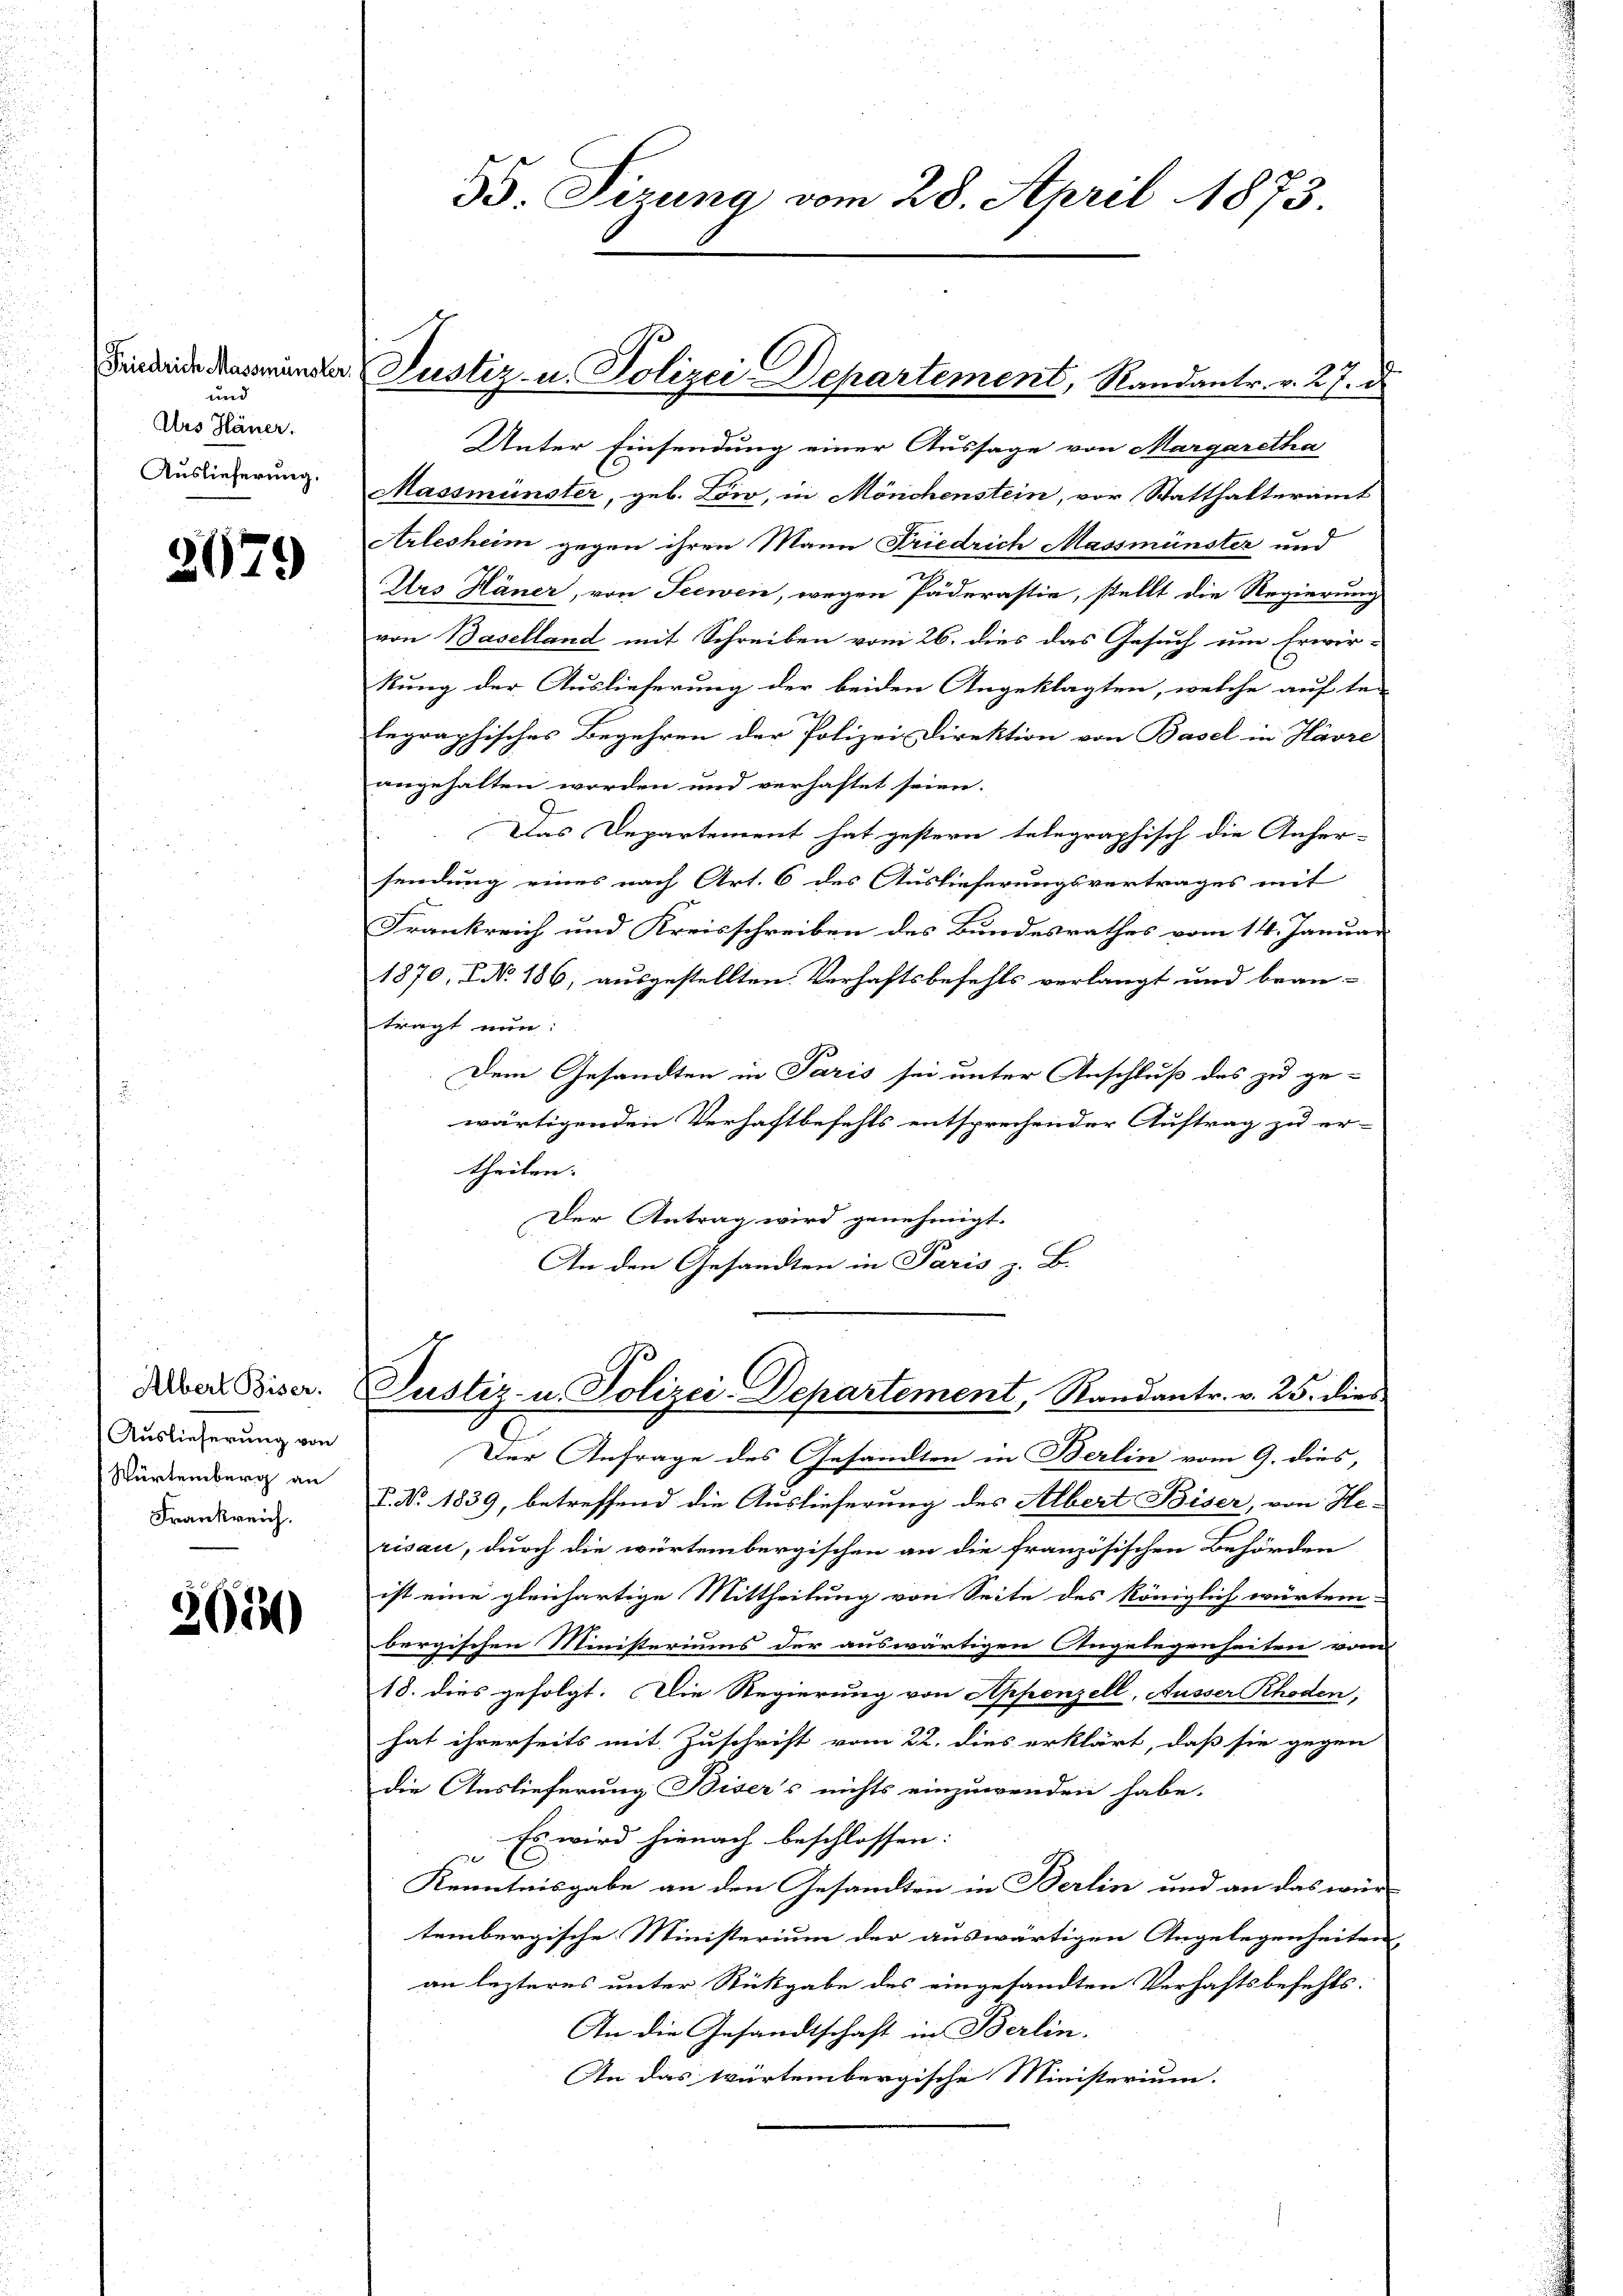
und
Ars Häner.
Auslieferung.

3679

Auslieferung von
Würtemberg an
Frankreich.

305

Unter Einsendung einer Aussage von Margaretha
Massmünster, geb. Löw, in Mönchenstein, vor Statthalteramt
Arlesheim gegen ihren Mann Friedrich Massmünster und
Urs Häner, von Seewen, wegen Päderastie, stellt die Regierung
von Baselland mit Schreiben vom 26. dies das Gesuch um Erwir-
kung der Auslieferung der beiden Angeklagten, welche auf de
legraphisches Begehren der Polizei Direktion von Basel in Havre
angehalten worden und verhaftet seien.
Das Departement hat gestern telegraphisch die Anher-
sendung eines nach Art. 6 des Auslieferungsvertrages mit
Frankreich und Kreisschreiben des Bundesrathes vom 14. Januar
1870, I NNo. 186, ausgestellten Verhaftsbefehls verlangt und bean-
tragt nun:
Dem Gesandten in Paris sei unter Anschluß des zu ge-
wärtigenden Verhaftbefehls entsprechender Auftrag zu er-
theilen:
Der Antrag wird genehmigt.
An den Gesandten in Paris z. B.

Bs. Tizung vom 28. April 1873.

Findende darminde Justiz- u. Polizei Departement, Randantr. v. 27. d.

Der Anfrage des Gesandten in Berlin vom 9. dies,
7. No. 1839, betreffend die Auslieferung des Albert Biser, von Herisau, durch die würtembergischen an die französischen Behörden
ist eine gleichartige Mittheilung von Seite des königlich würtem-
bergischen Ministeriums der auswärtigen Angelegenheiten vom
18. dies gefolgt. Die Regierung von Appenzell, Ausser Rhoden,
hat ihrerseits mit Zuschrift vom 22. dies erklärt, daß sie gegen
die Auslieferung Biser’s nichts einzuwenden habe.
Es wird hienach beschlossen:
e
x
Kenntnisgabe an den Gesandten in Berlin und an das wür-
tembergische Ministerium der auswärtigen Angelegenheiten,
an lezteres unter Rückgabe des eingesandten Verhaftsbefehls.
An die Gesandtschaft in Berlin.
An das würtembergische Ministerium.

Aber Biser. Justiz- u. Polizei-Departement, Randantr. v. 25. died